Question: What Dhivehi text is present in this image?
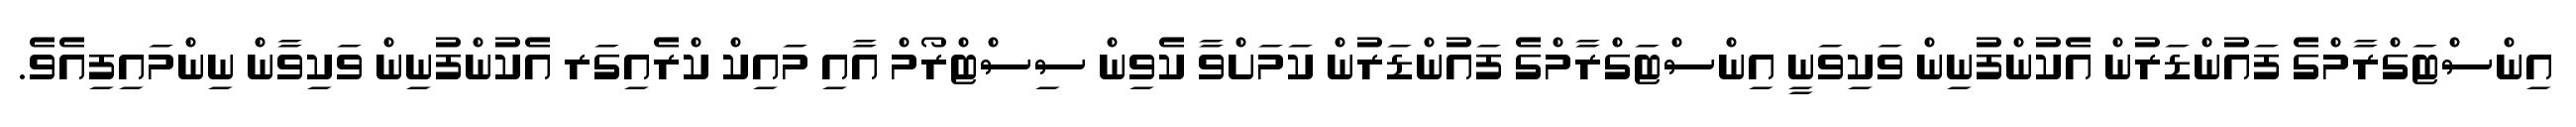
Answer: އިންސްޓަގްރާމްގެ ފައުންޑަރުން އެކުންފުނިން ވަކިވަނީ އިންސްޓަގްރާމްގެ ފައުންޑަރުން ކަމަށްވާ ކެވިން ސިސްޓްރޯމް އާއި މައިކް ކްރެއިގަރ އެކުންފުނިން ވަކިވާން ނިންމައިފިއެވެ.